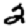
Digit: 2